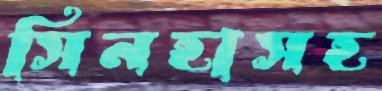
সিনহাসহ